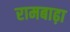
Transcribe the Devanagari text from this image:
रामबाढ़ा